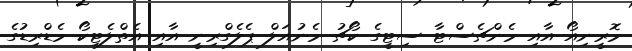
މޮރީނިއޯ އާއި މެންޗެސްޓާ ސިޓީގެ ކޯޗު މެނުއަލް ޕެލެގްރިނީ އާއި އެތްލެޓިކޯ މެޑްރިޑުގެ